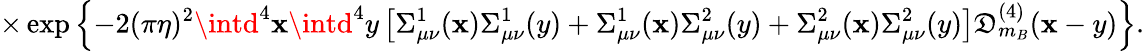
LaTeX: \times\exp\left\{ -2(\pi\eta)^{2}\intd^{4}\mathbf{x}\intd^{4}y\left[\Sigma_{\mu\nu}^{1}(\mathbf{x})\Sigma_{\mu\nu}^{1}(y)+\Sigma_{\mu\nu}^{1}(\mathbf{x})\Sigma_{\mu\nu}^{2}(y)+\Sigma_{\mu\nu}^{2}(\mathbf{x})\Sigma_{\mu\nu}^{2}(y)\right]\mathfrak{D}_{m_{B}}^{(4)}(\mathbf{x}-y)\right\} .